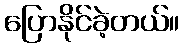
ပြောနိုင်ခဲ့တယ်။